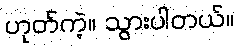
ဟုတ်ကဲ့။ သွားပါတယ်။